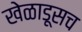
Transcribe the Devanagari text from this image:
खेळाडूसच